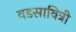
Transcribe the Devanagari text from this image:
वडसावित्री